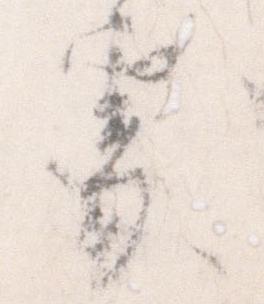
処